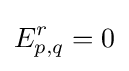
E_{p,q}^{r}=0